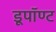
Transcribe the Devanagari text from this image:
डूपॉण्ट